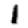
Digit: 1